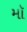
મૉ